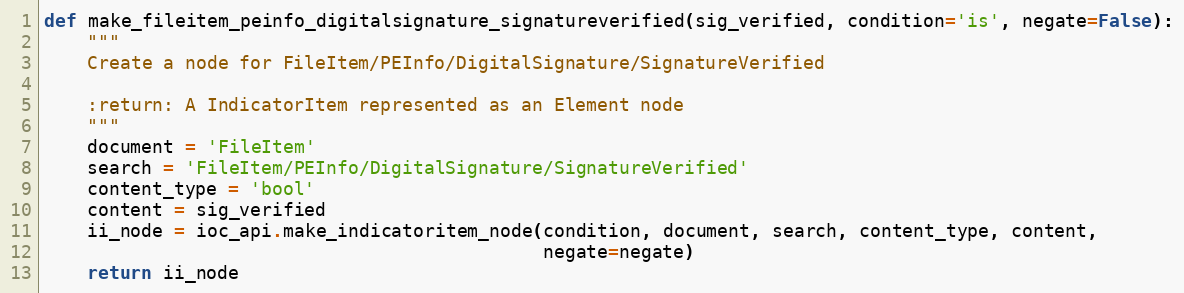
Language: Python
def make_fileitem_peinfo_digitalsignature_signatureverified(sig_verified, condition='is', negate=False):
    """
    Create a node for FileItem/PEInfo/DigitalSignature/SignatureVerified

    :return: A IndicatorItem represented as an Element node
    """
    document = 'FileItem'
    search = 'FileItem/PEInfo/DigitalSignature/SignatureVerified'
    content_type = 'bool'
    content = sig_verified
    ii_node = ioc_api.make_indicatoritem_node(condition, document, search, content_type, content,
                                              negate=negate)
    return ii_node